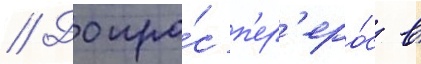
// Допро́с п'ер'еро́с в